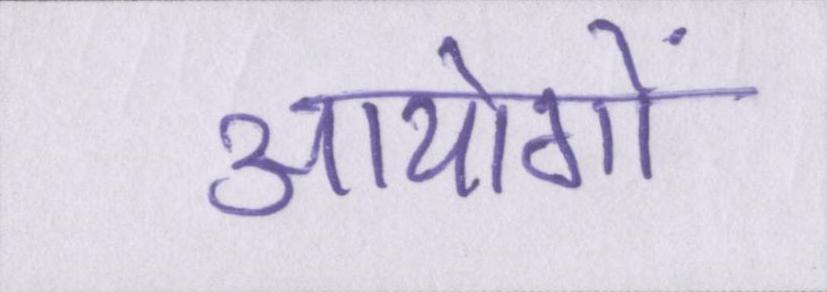
आयोगों